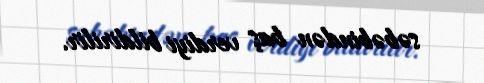
səbəbindən baş verdiyi bildirilir.